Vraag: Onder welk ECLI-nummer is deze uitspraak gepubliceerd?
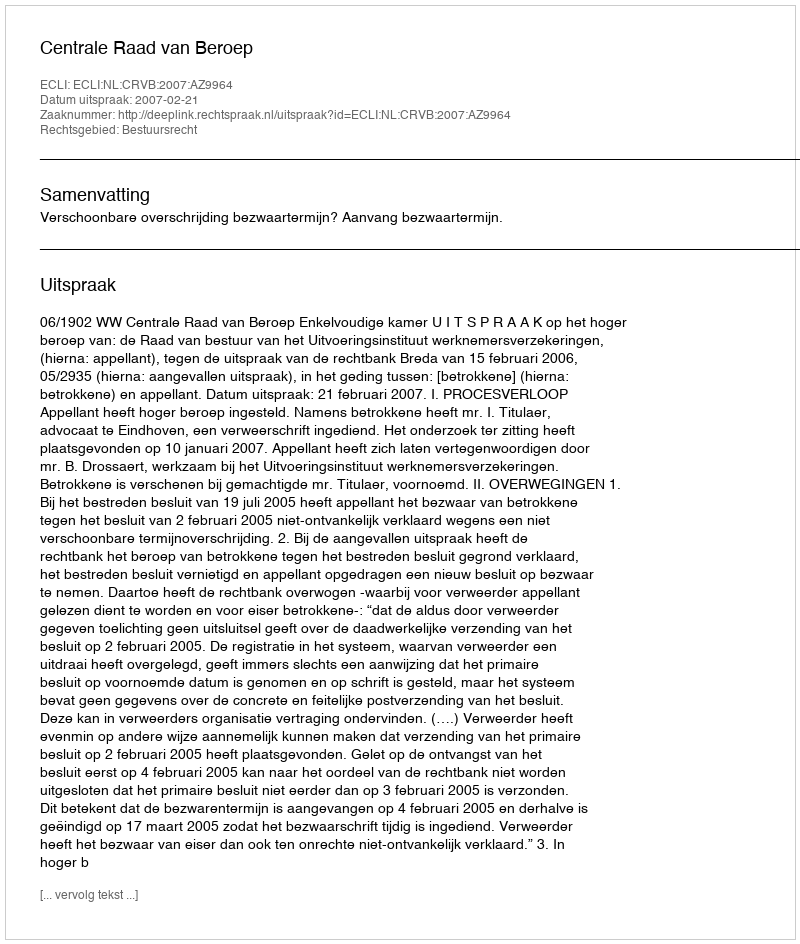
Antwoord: ECLI:NL:CRVB:2007:AZ9964